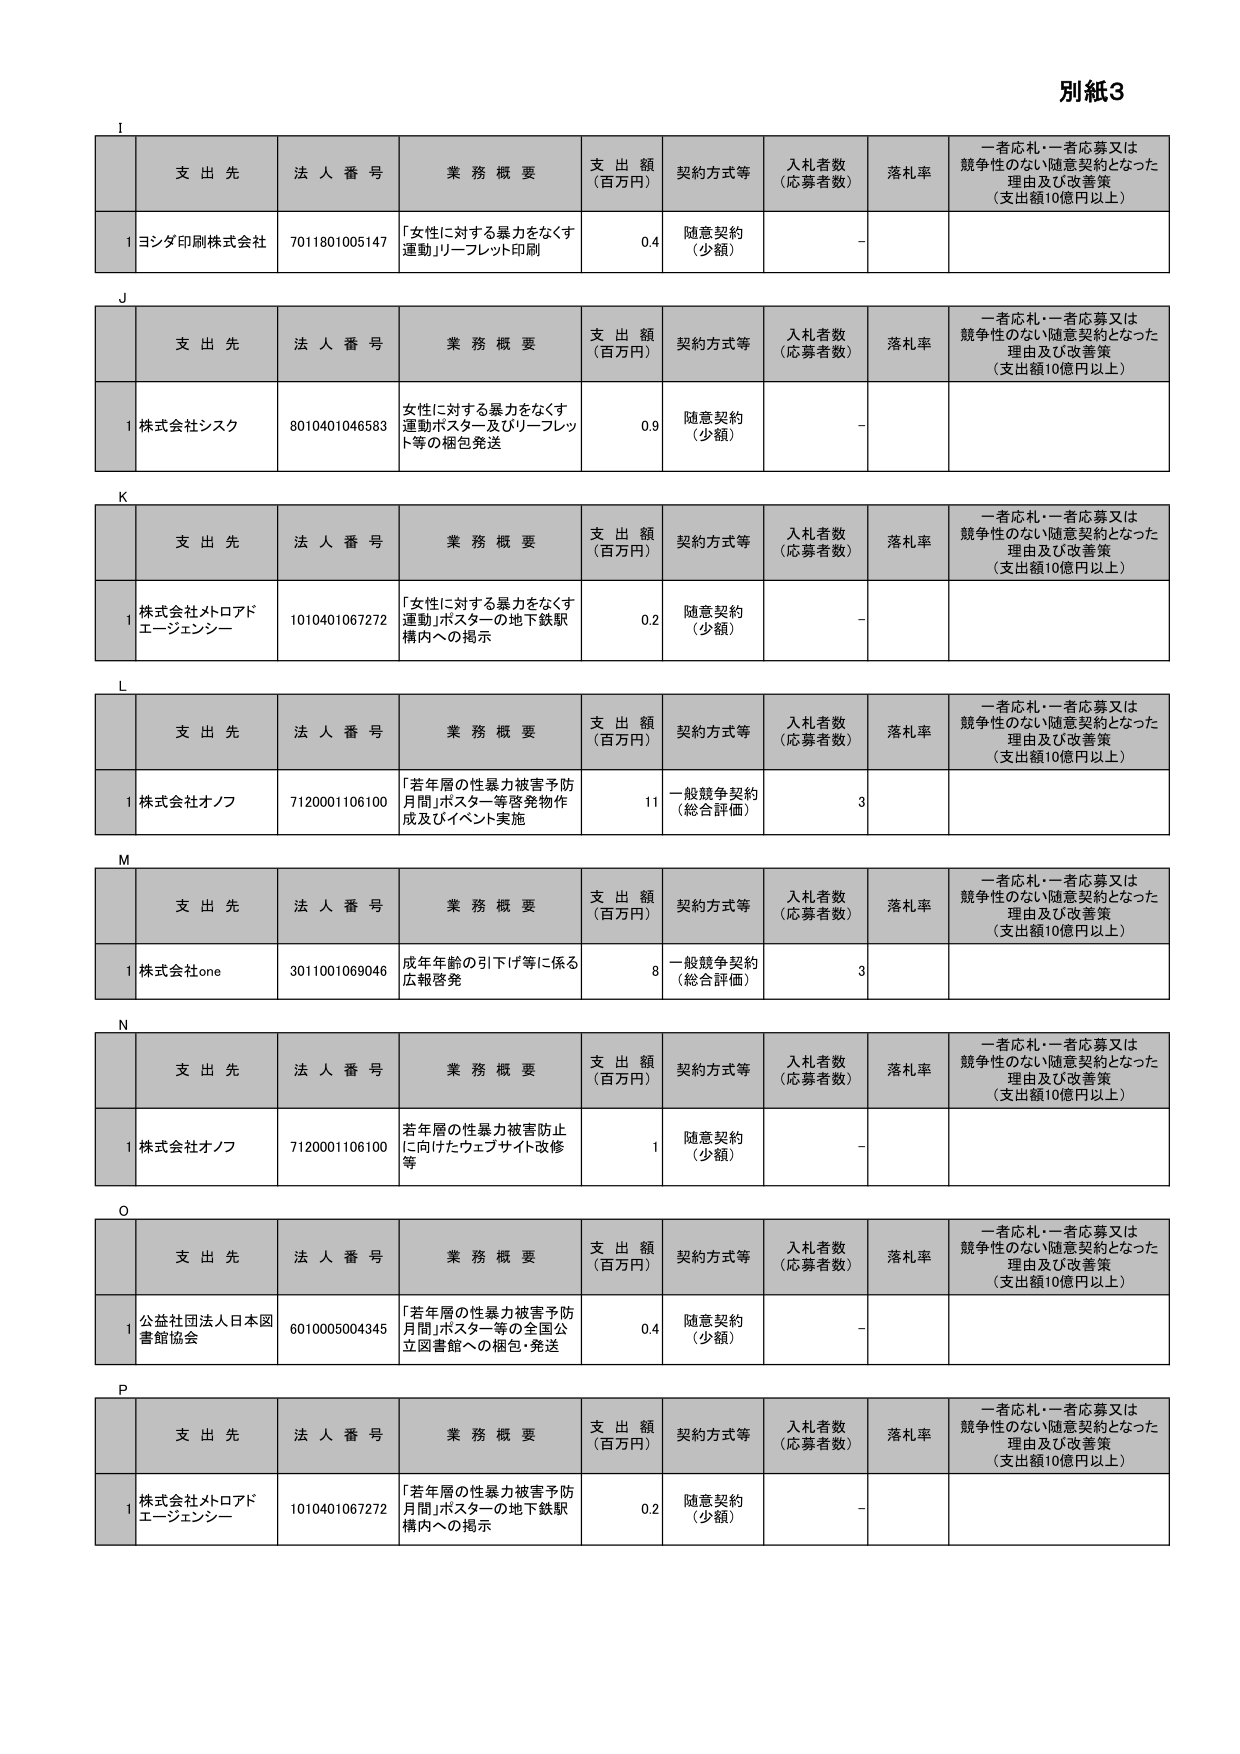
別紙3

I
支 出 先 法 人 番 号 業 務 概 要 支 出 額 （百万円） 契約方式等 入札者数 （応募者数） 落札率 一者応札・一者応募又は競争性のない随意契約となった理由及び改善策 （支出額10億円以上）
1 ヨシダ印刷株式会社 7011801005147 「女性に対する暴力をなくす運動」リーフレット印刷 0.4 随意契約 （少額） －

J
支 出 先 法 人 番 号 業 務 概 要 支 出 額 （百万円） 契約方式等 入札者数 （応募者数） 落札率 一者応札・一者応募又は競争性のない随意契約となった理由及び改善策 （支出額10億円以上）
1 株式会社シスク 8010401046583 女性に対する暴力をなくす運動ポスター及びリーフレット等の梱包発送 0.9 随意契約 （少額） －

K
支 出 先 法 人 番 号 業 務 概 要 支 出 額 （百万円） 契約方式等 入札者数 （応募者数） 落札率 一者応札・一者応募又は競争性のない随意契約となった理由及び改善策 （支出額10億円以上）
1 株式会社メトロアドエージェンシー 1010401067272 「女性に対する暴力をなくす運動」ポスターの地下鉄駅構内への掲示 0.2 随意契約 （少額） －

L
支 出 先 法 人 番 号 業 務 概 要 支 出 額 （百万円） 契約方式等 入札者数 （応募者数） 落札率 一者応札・一者応募又は競争性のない随意契約となった理由及び改善策 （支出額10億円以上）
1 株式会社オノフ 7120001106100 「若年層の性暴力被害予防月間」ポスター等啓発物作成及びイベント実施 11 一般競争契約 （総合評価） 3

M
支 出 先 法 人 番 号 業 務 概 要 支 出 額 （百万円） 契約方式等 入札者数 （応募者数） 落札率 一者応札・一者応募又は競争性のない随意契約となった理由及び改善策 （支出額10億円以上）
1 株式会社one 3011001069046 成年年齢の引下げ等に係る広報啓発 8 一般競争契約 （総合評価） 3

N
支 出 先 法 人 番 号 業 務 概 要 支 出 額 （百万円） 契約方式等 入札者数 （応募者数） 落札率 一者応札・一者応募又は競争性のない随意契約となった理由及び改善策 （支出額10億円以上）
1 株式会社オノフ 7120001106100 若年層の性暴力被害防止に向けたウェブサイト改修等 1 随意契約 （少額） －

O
支 出 先 法 人 番 号 業 務 概 要 支 出 額 （百万円） 契約方式等 入札者数 （応募者数） 落札率 一者応札・一者応募又は競争性のない随意契約となった理由及び改善策 （支出額10億円以上）
1 公益社団法人日本図書館協会 6010005004345 「若年層の性暴力被害予防月間」ポスター等の全国公立図書館への梱包・発送 0.4 随意契約 （少額） －

P
支 出 先 法 人 番 号 業 務 概 要 支 出 額 （百万円） 契約方式等 入札者数 （応募者数） 落札率 一者応札・一者応募又は競争性のない随意契約となった理由及び改善策 （支出額10億円以上）
1 株式会社メトロアドエージェンシー 1010401067272 「若年層の性暴力被害予防月間」ポスターの地下鉄駅構内への掲示 0.2 随意契約 （少額） －